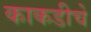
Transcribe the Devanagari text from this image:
काकडीचे